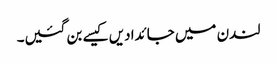
لندن میں جائدادیں کیسے بن گئیں۔